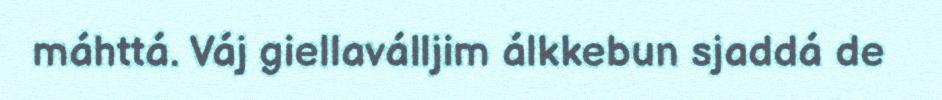
máhttá. Váj giellaválljim álkkebun sjaddá de